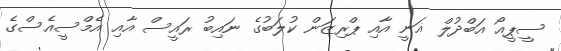
ސީޕީއޯ އަބްދުލް ޣަނީ އާއި ޕްރިޒަން ކުލަބުގެ ނައިބު ރައީސް އާއި އެމްސީއެސްގެ